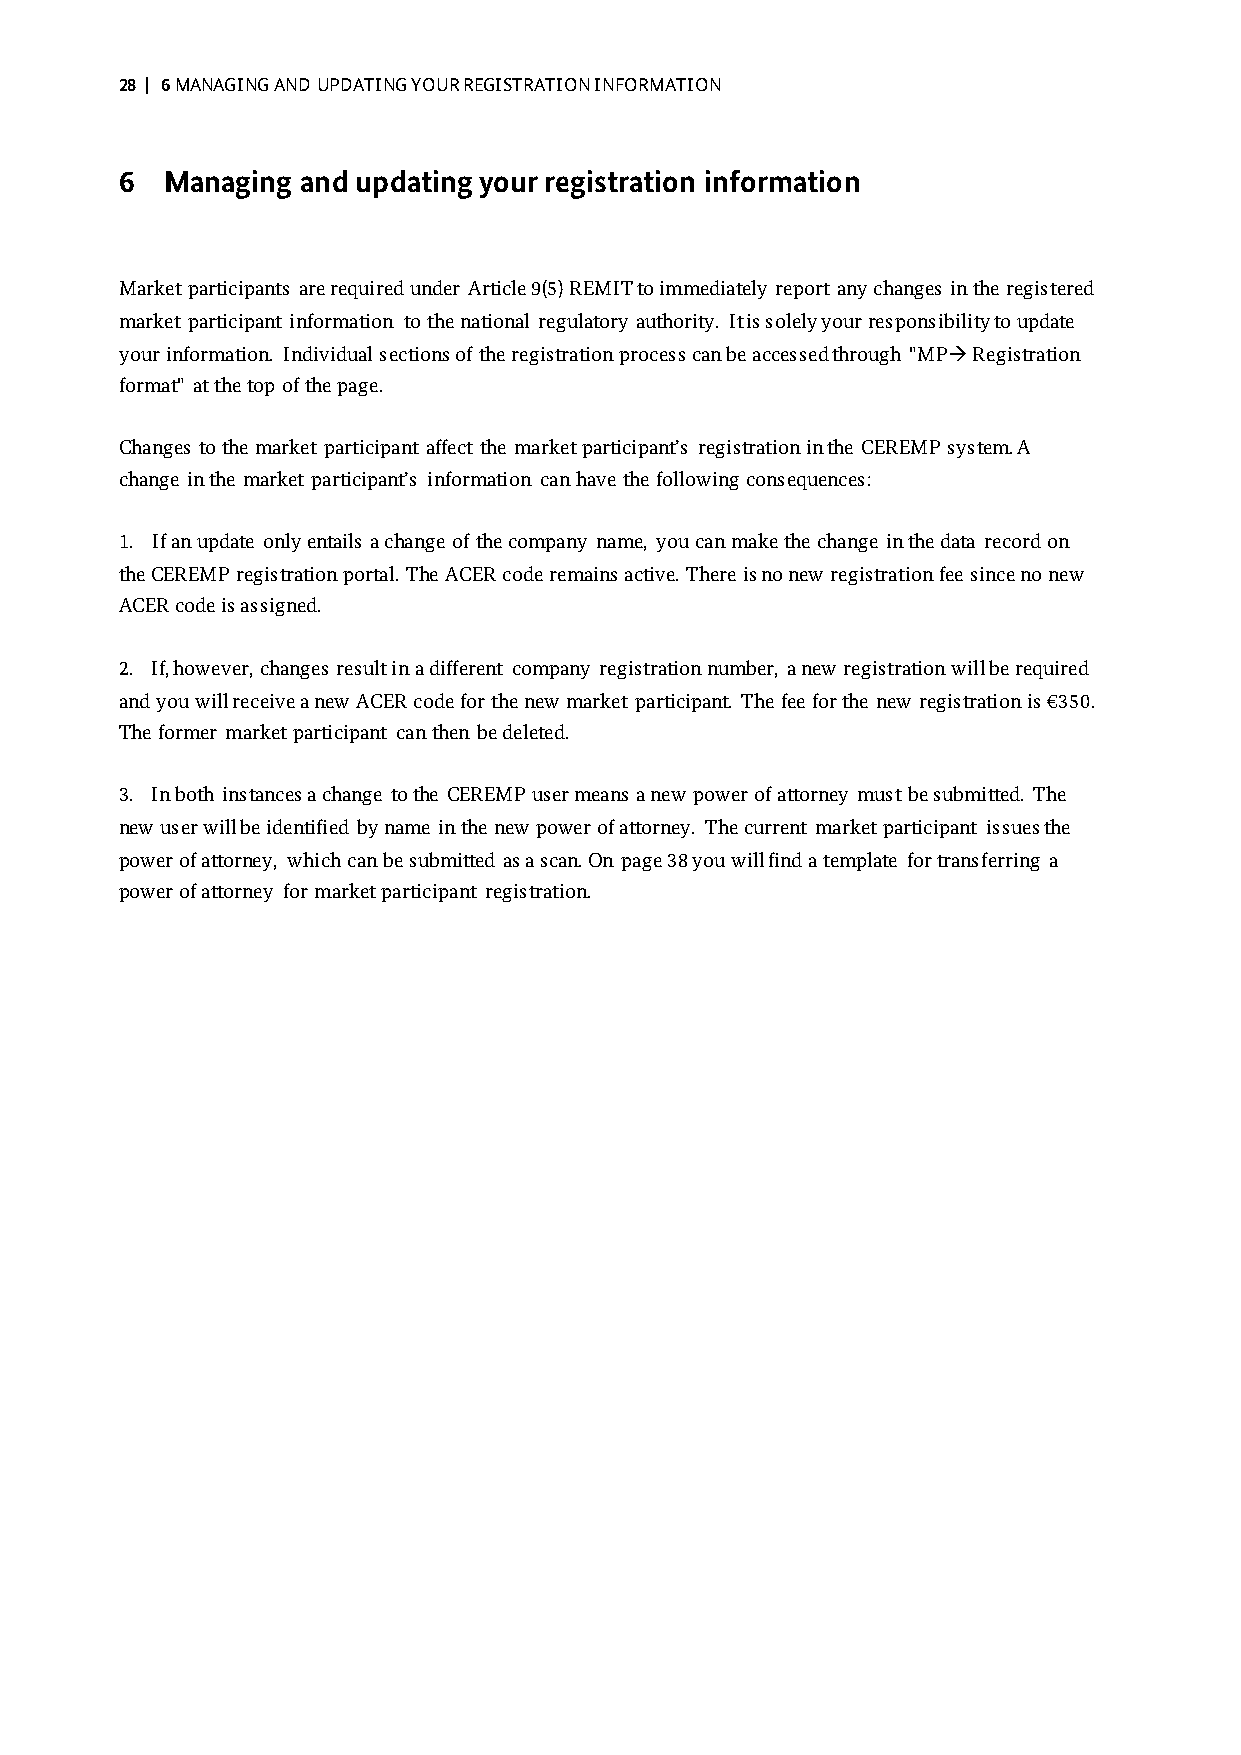
28 | 6 MANAGING AND UPDATING YOUR REGISTRATION INFORMATION
 6  Managing and updating your registration information
 Market participants are required under Article 9(5) REMIT to immediately report any changes in the registered
 market participant information to the national regulatory authority. It is solely your responsibility to update
 your information. Individual sections of the registration process can be accessed through "MP Registration
 format" at the top of the page.
 Changes to the market participant affect the market participant’s registration in the CEREMP system. A
 change in the market participant’s information can have the following consequences:
 1. If an update only entails a change of the company name, you can make the change in the data record on
 the CEREMP registration portal. The ACER code remains active. There is no new registration fee since no new
 ACER code is assigned.
 2. If, however, changes result in a different company registration number, a new registration will be required
 and you will receive a new ACER code for the new market participant. The fee for the new registration is €350.
 The former market participant can then be deleted.
 3. In both instances a change to the CEREMP user means a new power of attorney must be submitted. The
 new user will be identified by name in the new power of attorney. The current market participant issues the
 power of attorney, which can be submitted as a scan. On page 38 you will find a template for transferring a
 power of attorney for market participant registration.